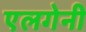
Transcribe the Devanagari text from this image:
एलगेनी